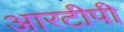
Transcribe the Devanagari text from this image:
आरटीपी